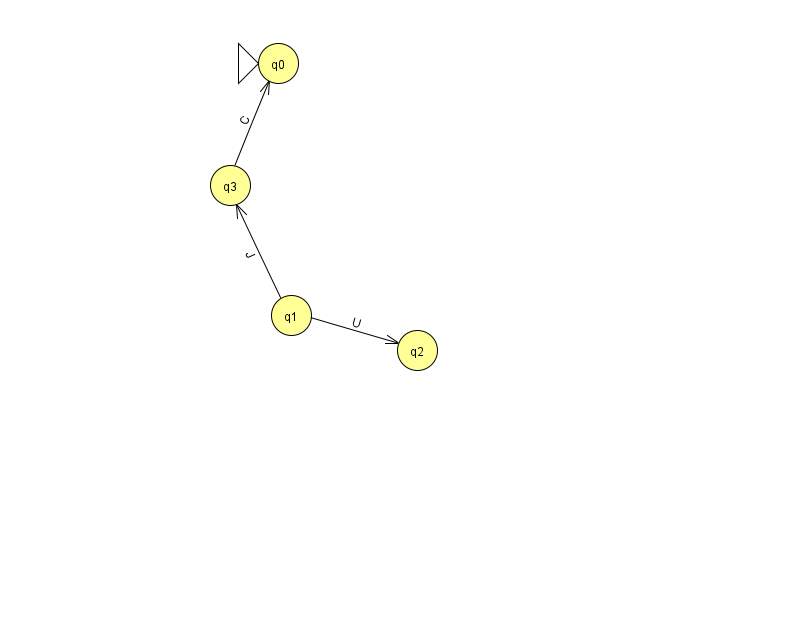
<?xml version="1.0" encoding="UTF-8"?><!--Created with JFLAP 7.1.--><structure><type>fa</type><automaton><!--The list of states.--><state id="0" name="q0"><x>278.0</x><y>50.0</y><initial/></state><state id="1" name="q1"><x>291.0</x><y>302.0</y></state><state id="2" name="q2"><x>417.0</x><y>337.0</y></state><state id="3" name="q3"><x>230.0</x><y>172.0</y></state><!--The list of transitions.--><transition><from>3</from><to>0</to><read>C</read></transition><transition><from>1</from><to>3</to><read>J</read></transition><transition><from>1</from><to>2</to><read>U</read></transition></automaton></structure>